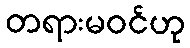
တရားမဝင်ဟု